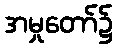
အမှုတော်၌